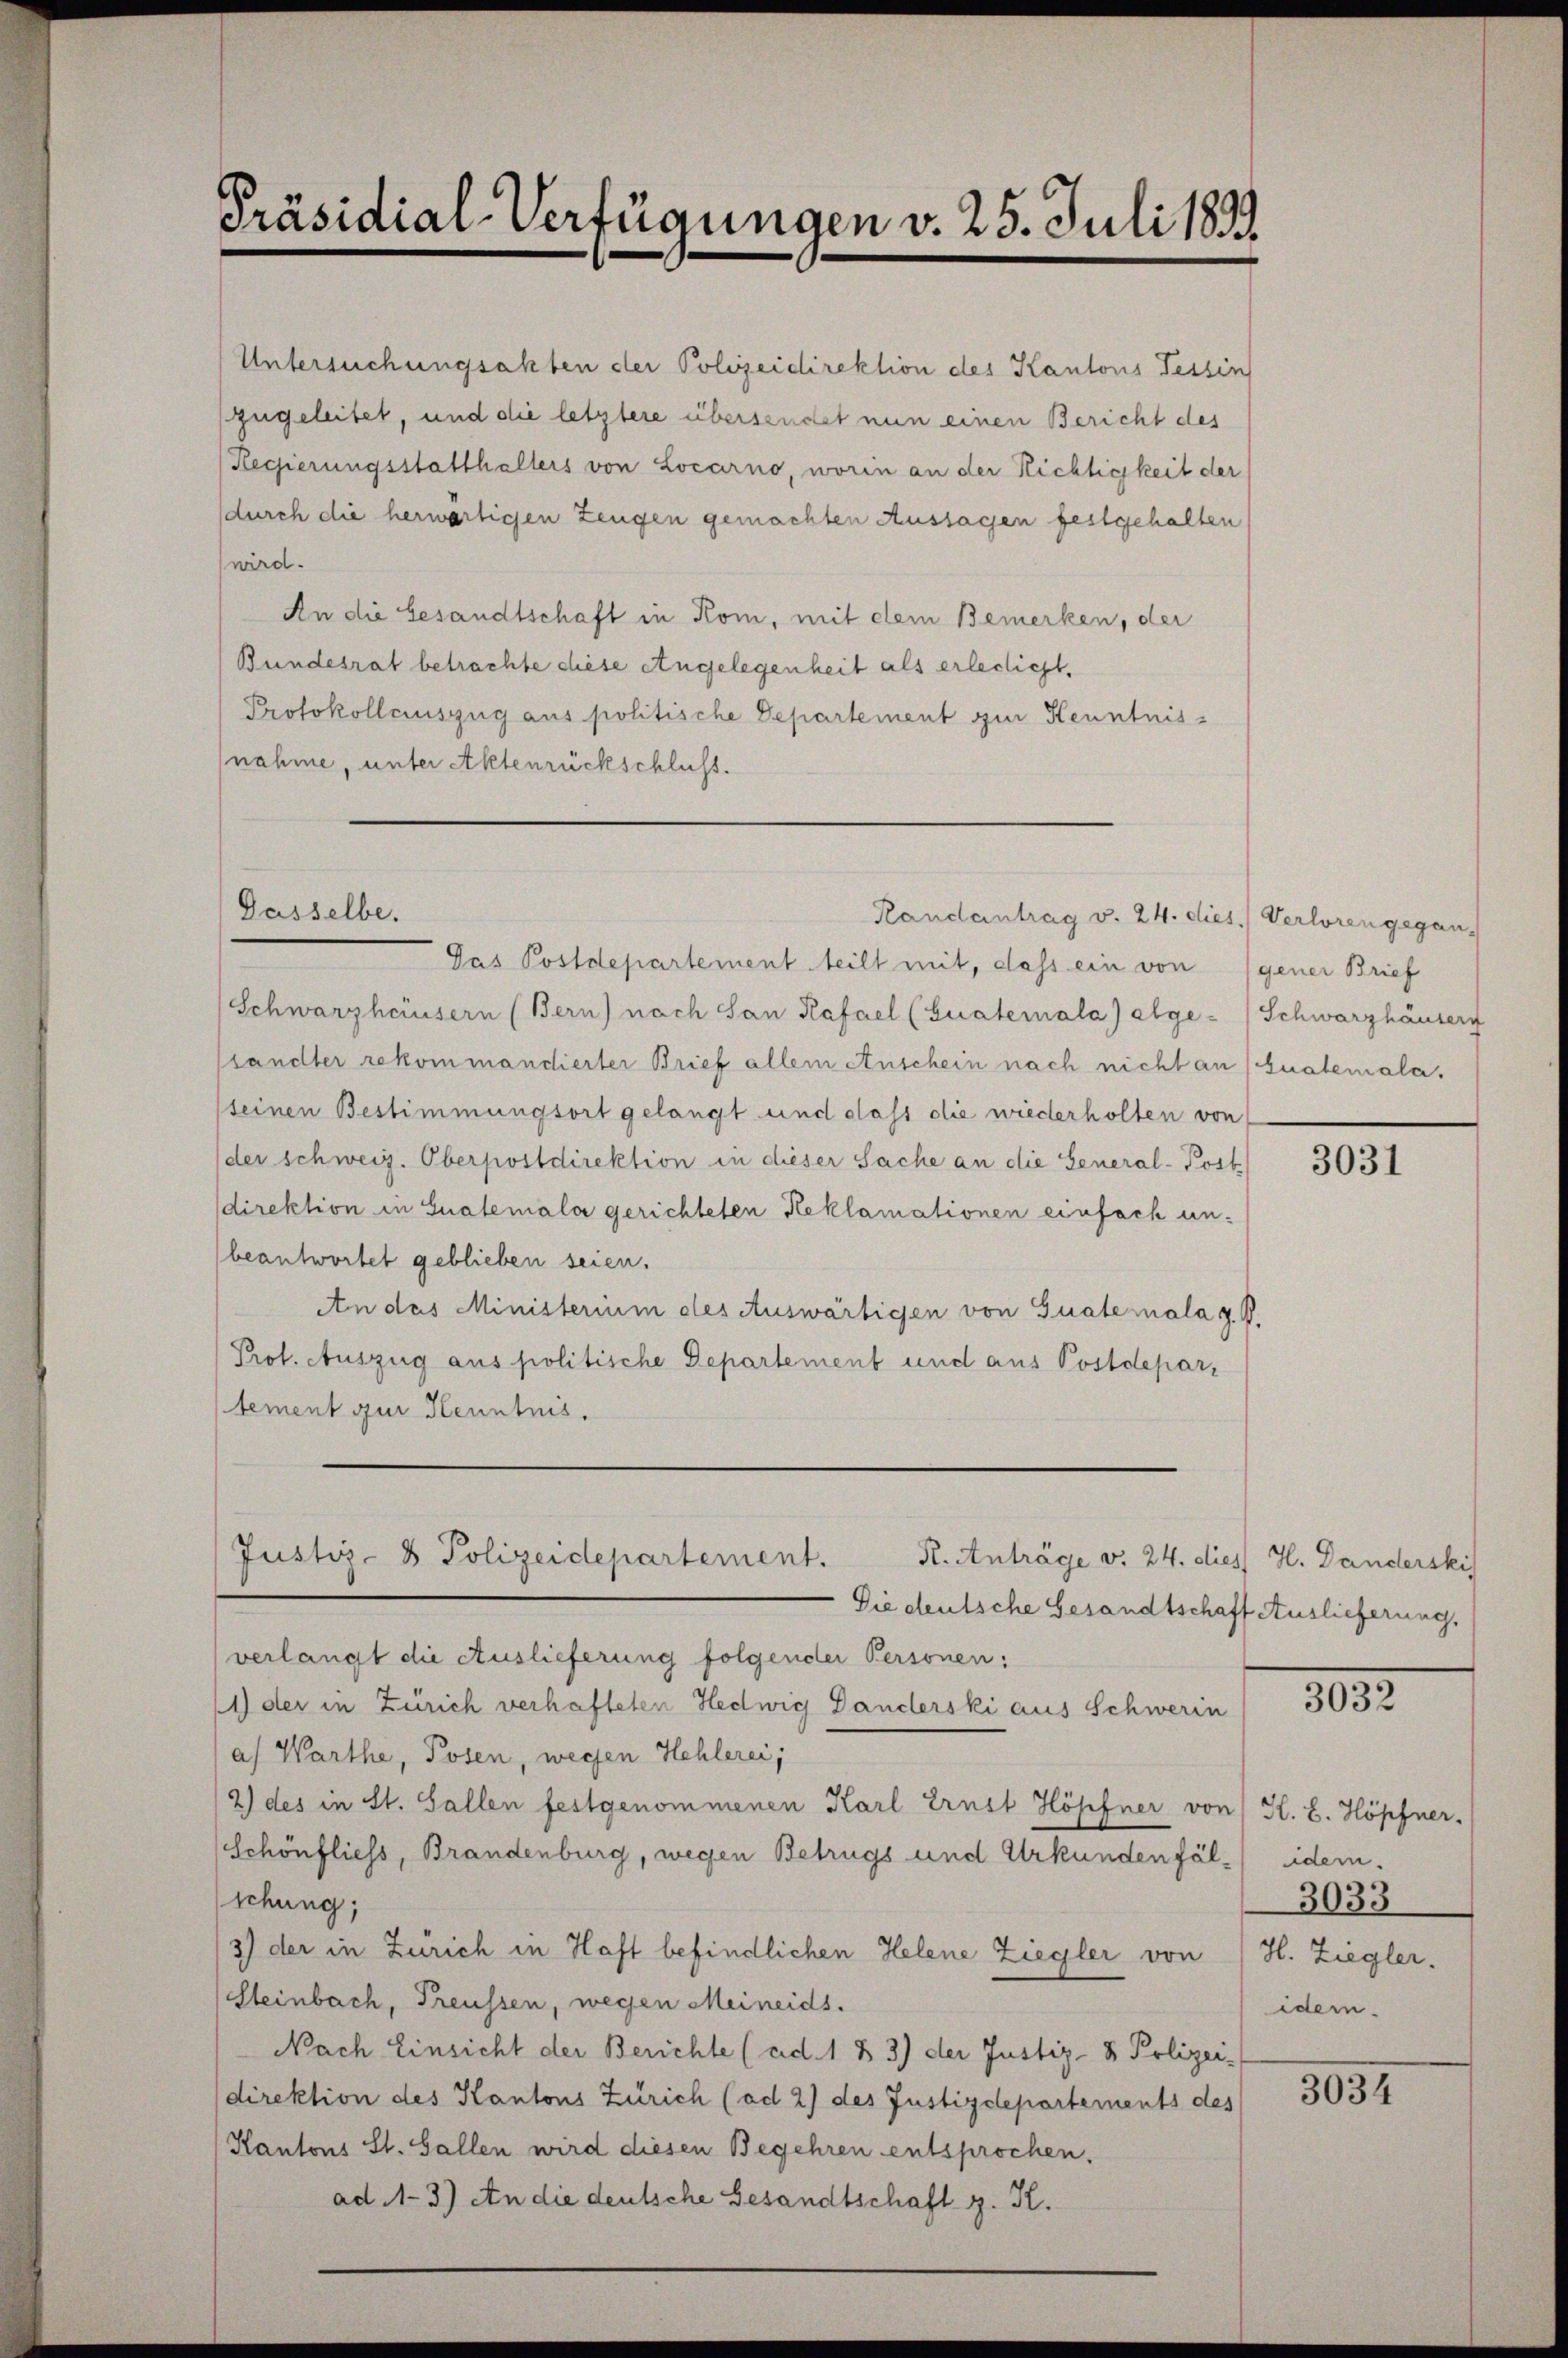
Präsidial-Verfügungen v. 25. Juli 1891.

Untersuchungsakten der Polizeidirektion des Kantons Tessin
zugeleitet, und die letztere übersendet nun einen Bericht des
Regierungsstatthalters von Locarno, worin an der Richtigkeit der
durch die herwärtigen Zeugen gemachten Aussagen festgehalten
wird.
An die Gesandtschaft in Kom, mit dem Bemerken, der
Bundesrat betrachte diese Angelegenheit als erledicht,
Protokollauszug aus politische Departement zur Kenntnisnahme, unter Aktenrückschluss.
Das Postdepartement teilt mit, dass ein von gener Brief
Schwarzhäusern (Bern) nach San Kafael (Guatemala) alge-Schwarzhäuserg
sandter rekommandierter Brief allem Anschein nach nicht an (Gualemala,
seinen Bestimmungsort gelangt und dass die wiederholten von
der schweiz. Oberpostdirektion in dieser Sache an die General-Post
direktion in Gualemala gerichteten Reklamationen einfach unbeantwortet geblieben seien.
An das Ministerium des Auswärtigen von Gualemala z. B.
Prof. Auszug aus politische Departement und aus Postdepartement gur Henntnis.
Justiz- & Polizeidepartement.
R. Anträge v. 24. dies H. Danderski
Die deutsche Gesandtschaff Auslieferung,
verlangt die Auslieferung folgender Personen:
1) der in Zürich verhafteten Hedwig Danderski aus Schwerin
a Warthe, Posen, wegen Hehlerei;
2) des in St. Gallen festgenommenen Karl Ernst Höpfner von H. E. Höpfner,
Schönfliess, Brandenburg, wegen Betrugs und Urkunden fälschung;
3) der in Zürich in Haft befindlichen Helene Ziegler von H. Ziegler.
Steinbach, Preussen, wegen Meineids.
Nach Einsicht der Berichte (ad. 1 & 3) der Justiz- & Polizei-
direktion des Kantons Zürich (ad 2) des Justizdepartements des
Kantons St. Gallen wird diesen Begehren entsprochen.
ad N. 3.) An die deutsche Gesandtschaft z. K.

Gasselbe.

Randantrag v. 24. dies Verloren gegan¬

3031

3032

idem.
3033
idem.

3034